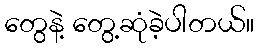
တွေနဲ့ တွေ့ဆုံခဲ့ပါတယ်။